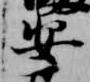
安